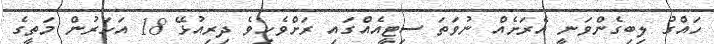
ހައްގު ލިބިގެންވަނީ އެރަށެއް ނުވަތަ ސިޓީއެއްގައި ރަށްވެހިވެ ދިރިއުޅޭ 18 އަހަރުން މަތީގެ